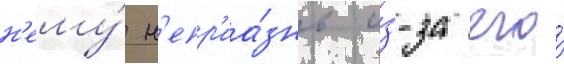
н'ему́ н'епр'иа́знь и́з-за его́